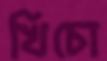
খিচো